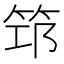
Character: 筇